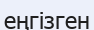
еңгізген